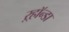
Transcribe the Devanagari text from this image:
ऱ्हॉन्डा